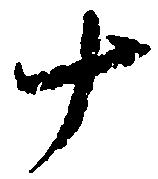
十